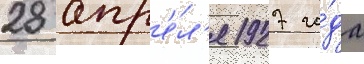
28 апр'е́л'я 1927 го́да